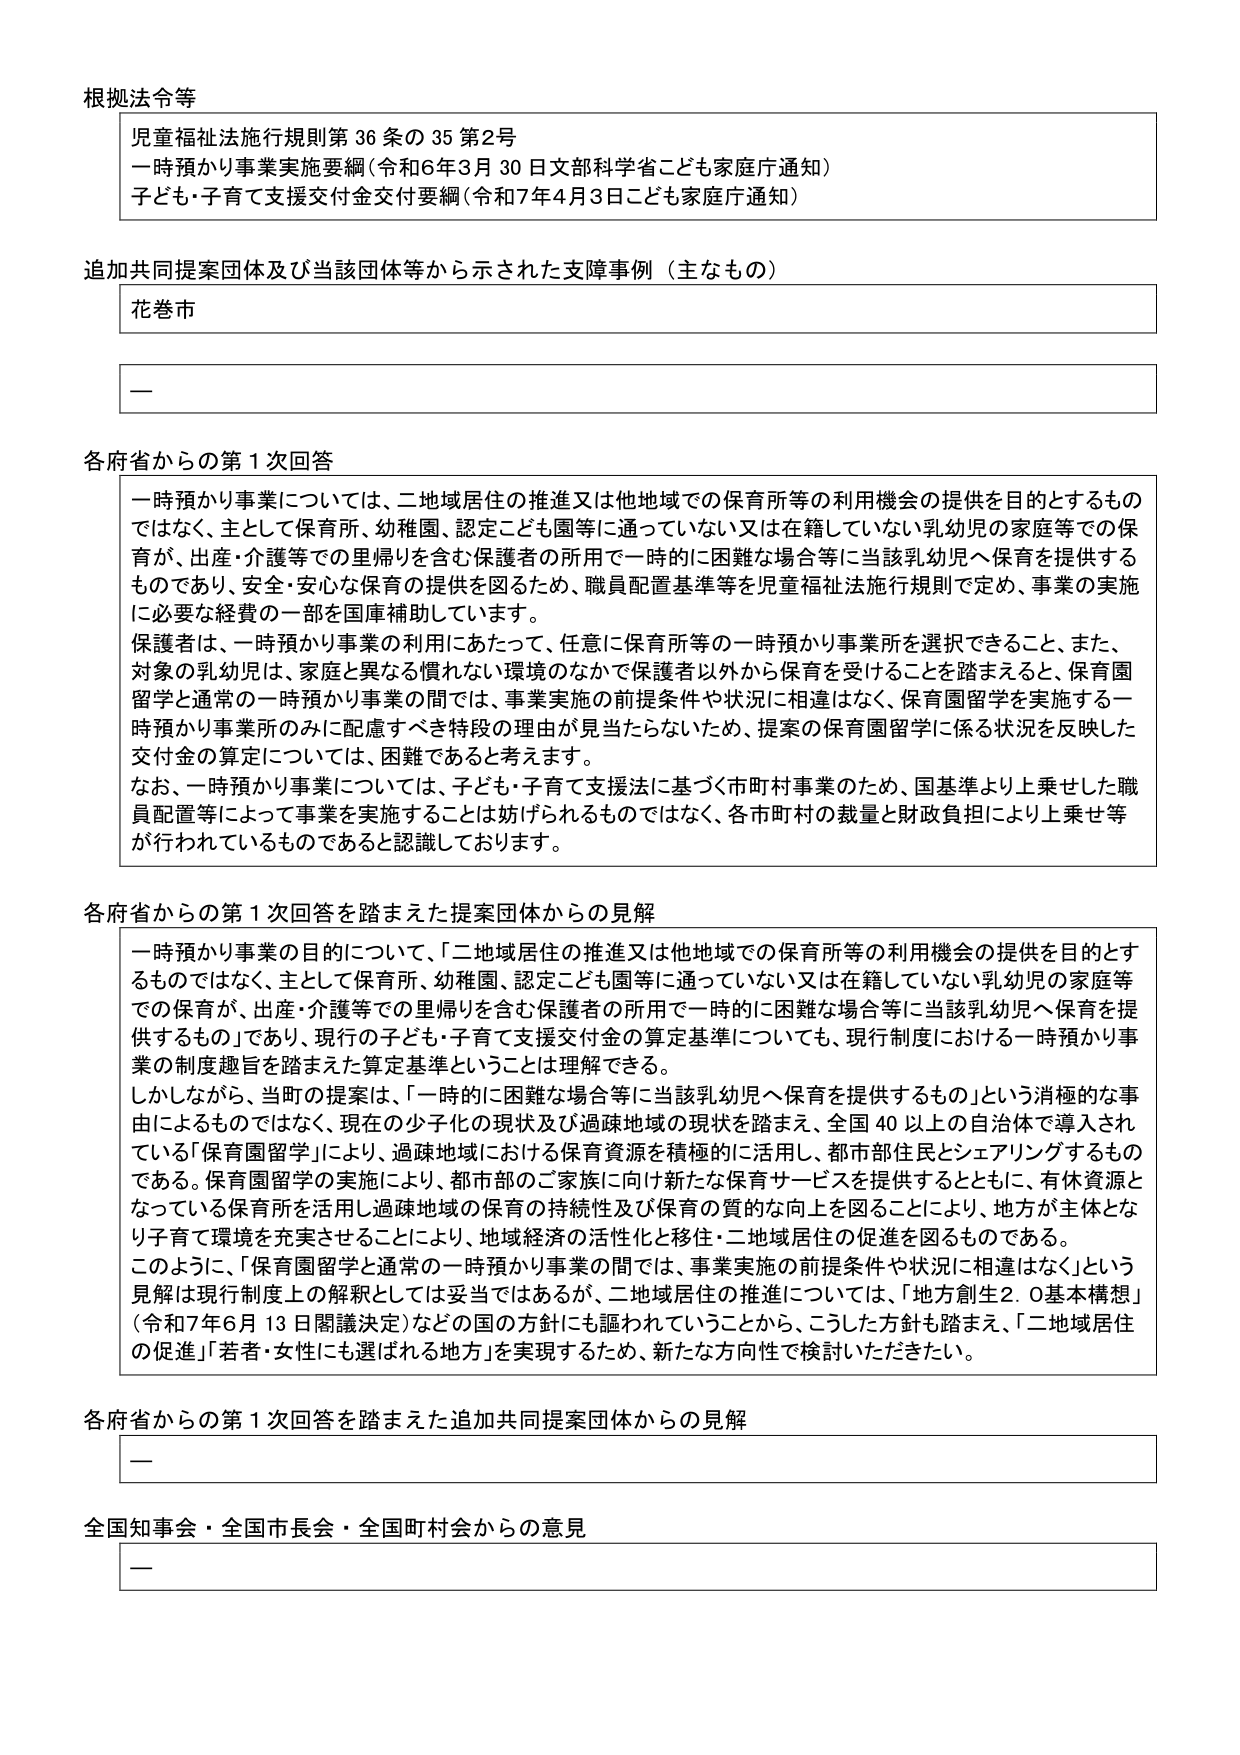
根拠法令等
児童福祉法施行規則第36条の35第2号
一時預かり事業実施要綱（令和6年3月30日文部科学省こども家庭庁通知）
子ども・子育て支援交付金交付要綱（令和7年4月3日こども家庭庁通知）

追加共同提案団体及び当該団体等から示された支障事例（主なもの）
花巻市
—

各府省からの第1次回答
一時預かり事業については、二地域居住の推進又は他地域での保育所等の利用機会の提供を目的とするものではなく、主として保育所、幼稚園、認定こども園等に通っていない又は在籍していない乳幼児の家庭等での保育が、出産・介護等での里帰りを含む保護者の所用で一時的に困難な場合等に当該乳幼児へ保育を提供するものであり、安全・安心な保育の提供を図るため、職員配置基準等を児童福祉法施行規則で定め、事業の実施に必要な経費の一部を国庫補助しています。
保護者は、一時預かり事業の利用にあたって、任意に保育所等の一時預かり事業所を選択できること、また、対象の乳幼児は、家庭と異なる慣れない環境のなかで保護者以外から保育を受けることを踏まえると、保育園留学と通常の一時預かり事業の間では、事業実施の前提条件や状況に相違はなく、保育園留学を実施する一時預かり事業所のみに配慮すべき特段の理由が見当たらないため、提案の保育園留学に係る状況を反映した交付金の算定については、困難であると考えます。
なお、一時預かり事業については、子ども・子育て支援法に基づく市町村事業のため、国基準より上乗せした職員配置等によって事業を実施することは妨げられるものではなく、各市町村の裁量と財政負担により上乗せ等が行われているものであると認識しております。

各府省からの第1次回答を踏まえた提案団体からの見解
一時預かり事業の目的について、「二地域居住の推進又は他地域での保育所等の利用機会の提供を目的とするものではなく、主として保育所、幼稚園、認定こども園等に通っていない又は在籍していない乳幼児の家庭等での保育が、出産・介護等での里帰りを含む保護者の所用で一時的に困難な場合等に当該乳幼児へ保育を提供するもの」であり、現行の子ども・子育て支援交付金の算定基準についても、現行制度における一時預かり事業の制度趣旨を踏まえた算定基準ということは理解できる。
しかしながら、当町の提案は、「一時的に困難な場合等に当該乳幼児へ保育を提供するもの」という消極的な事由によるものではなく、現在の少子化の現状及び過疎地域の現状を踏まえ、全国40以上の自治体で導入されている「保育園留学」により、過疎地域における保育資源を積極的に活用し、都市部住民とシェアリングするものである。保育園留学の実施により、都市部のご家族に向け新たな保育サービスを提供するとともに、有体資源となっている保育所を活用し過疎地域の保育の持続性及び保育の質的な向上を図ることにより、地方が主体となり子育て環境を充実させることにより、地域経済の活性化と移住・二地域居住の促進を図るものである。
このように、「保育園留学と通常の一時預かり事業の間では、事業実施の前提条件や状況に相違はなく」という見解は現行制度上の解釈としては妥当ではあるが、二地域居住の推進については、「地方創生2.0基本構想」（令和7年6月13日閣議決定）などの国の方針にも謳われていることから、こうした方針も踏まえ、「二地域居住の促進」「若者・女性にも選ばれる地方」を実現するため、新たな方向性で検討いただきたい。

各府省からの第1次回答を踏まえた追加共同提案団体からの見解
—

全国知事会・全国市長会・全国町村会からの意見
—